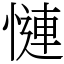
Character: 慩